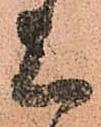
上